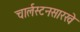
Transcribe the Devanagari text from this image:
चार्लस्टनसारखे